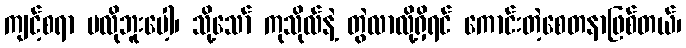
ကျင့်စရာ မလိုဘူးပေါ့၊ သို့သော် ကုသိုလ်နဲ့ တွဲလာလို့ရှိရင် ကောင်းတဲ့စေတနာဖြစ်တယ်၊